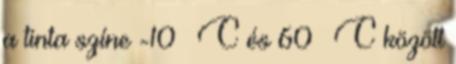
a tinta színe -10 °C és 60 °C között